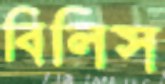
বিলিস